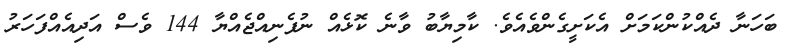
ބަހަނާ ދެއްކުންކަމަށް އެކަށީގެންވެއެވެ. ކާމިޔާބު ވާނެ ކޮޅެއް ނުފެނިއްޖެއްޔާ 144 ވެސް އަދިއެއްފަހަރު